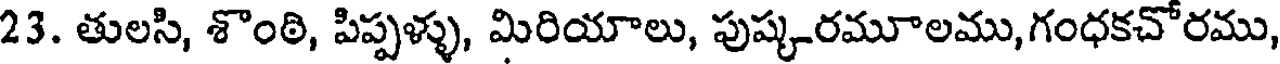
23. తులసి, శొంఠి, పిప్పళ్ళు, మిరియాలు, పుష్కరమూలము, గంధకచోరము,